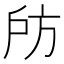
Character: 𢨲